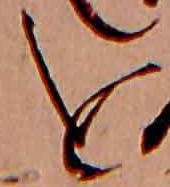
を